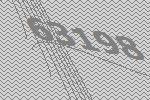
63198